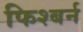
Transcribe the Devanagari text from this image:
फिश्बर्न